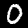
Label: 0